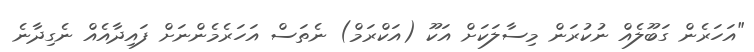
"އަހަރެން ގަބޫލެއް ނުކުރަން މިސާލަކަށް އަކޫ (އަކްރަމް) ނެތަސް އަހަރެމެންނަށް ފައިދާއެއް ނެގިދާނެ